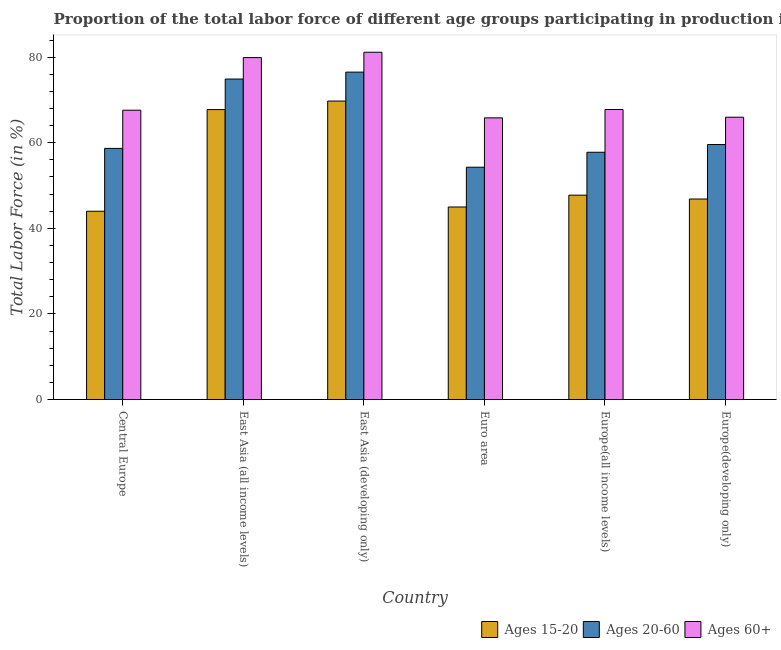
| Country | Ages 15-20 | Ages 20-60 | Ages 60+ |
 | --- | --- | --- | --- |
 | Central Europe | 44 | 58.7 | 67.6 |
 | East Asia (all income levels) | 67.8 | 74.9 | 79.9 |
 | East Asia (developing only) | 69.7 | 76.5 | 81.1 |
 | Euro area | 45 | 54.3 | 65.8 |
 | Europe(all income levels) | 47.7 | 57.8 | 67.8 |
 | Europe(developing only) | 46.9 | 59.6 | 66 |